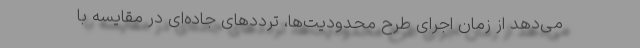
می‌دهد از زمان اجرای طرح محدودیت‌ها، ترددهای جاده‌ای در مقایسه با